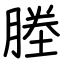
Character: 塍